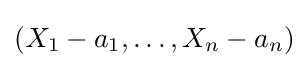
(X_{1}-a_{1},\ldots ,X_{n}-a_{n})